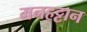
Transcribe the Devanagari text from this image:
मनहट्टान